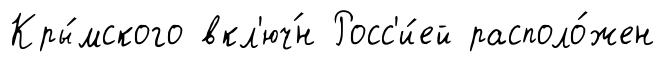
Кры́мского вкл'юч́н Росс'и́ей располо́жен